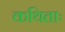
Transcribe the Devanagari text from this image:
कथिताः